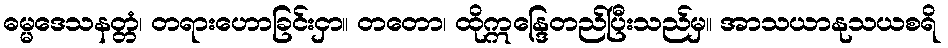
ဓမ္မဒေသနတ္တံ၊ တရားဟောခြင်းငှာ။ တတော၊ ထိုဣန္ဒြေတည်ပြီးသည်မှ။ အာသယာနုသယစရိ